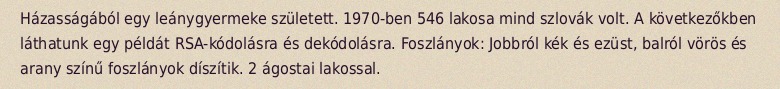
Házasságából egy leánygyermeke született. 1970-ben 546 lakosa mind szlovák volt. A következőkben láthatunk egy példát RSA-kódolásra és dekódolásra. Foszlányok: Jobbról kék és ezüst, balról vörös és arany színű foszlányok díszítik. 2 ágostai lakossal.